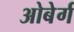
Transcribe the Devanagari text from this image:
ओबेर्ग